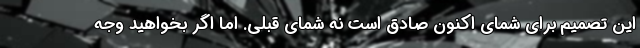
این تصمیم برای شمای اکنون صادق است نه شمای قبلی. اما اگر بخواهید وجه